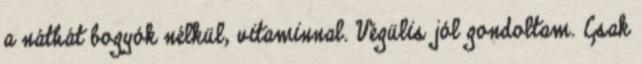
a náthát bogyók nélkül, vitaminnal. Végülis jól gondoltam. Csak